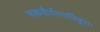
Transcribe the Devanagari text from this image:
सकलैर्यत्परिवृतः